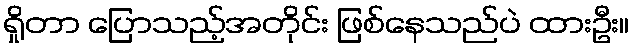
ရှိုတာ ပြောသည့်အတိုင်း ဖြစ်နေသည်ပဲ ထားဦး။